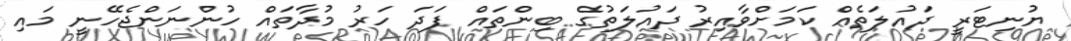
ޔުނިޓަރީ ދައުލަތެއް ކަމަށްވާއިރު ދައުލަތުގެ ބިންތައް ފަދަ ހަރު މުދާތައް ހުންނަންޖެހޭނީ މައި